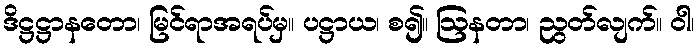
ဒိဋ္ဌဋ္ဌာနတော၊ မြင်ရာအရပ်မှ။ ပဋ္ဌာယ၊ စ၍။ ဩနတာ၊ ညွတ်လျက်။ ဝါ၊